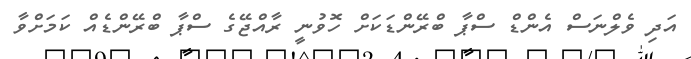
އަދި ވެލްނަސް އެންޑް ސްޕާ ބްރޭންޑަކަށް ހޮވުނީ ރާއްޖޭގެ ސްޕާ ބްރޭންޑެއް ކަމަށްވާ